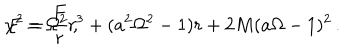
\chi ^ { 2 } = { \frac { F } { r } } \, , \hspace { . 5 c m } F = \Omega ^ { 2 } r ^ { 3 } + ( a ^ { 2 } \Omega ^ { 2 } - 1 ) r + 2 M ( a \Omega - 1 ) ^ { 2 } \, .